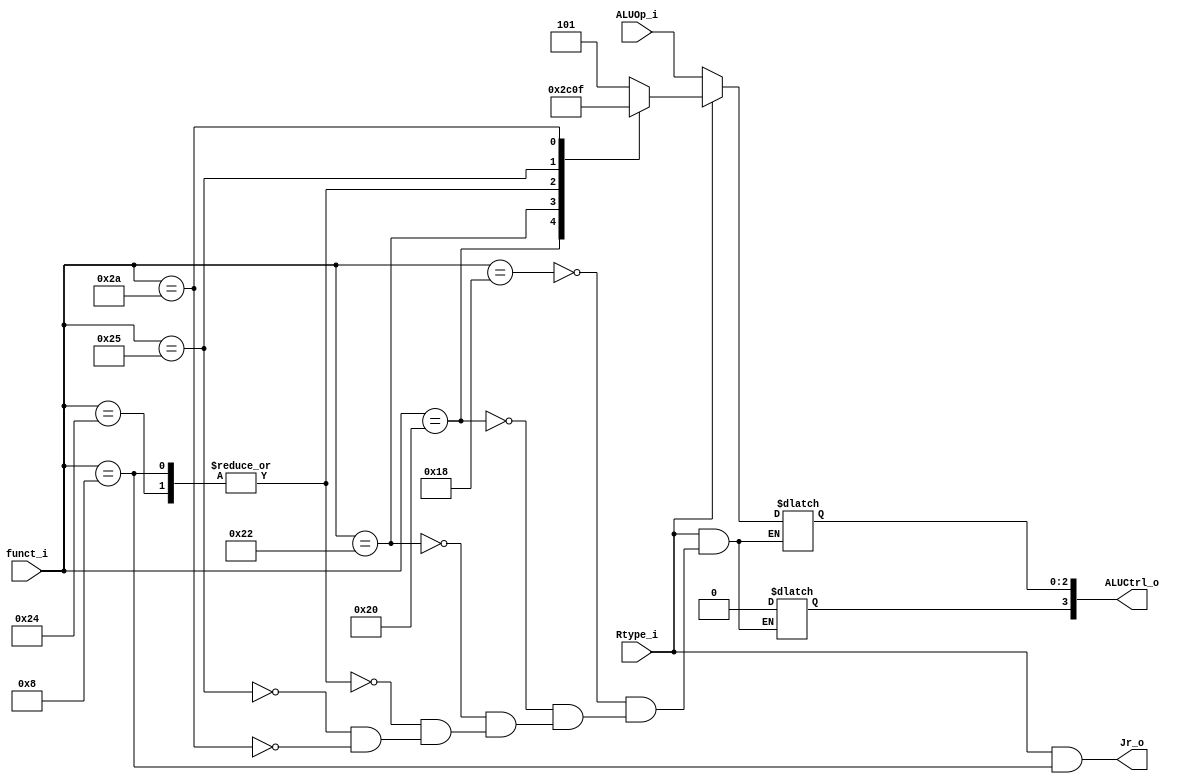
//0810740
//Subject:     CO project 2 - ALU Controller
//--------------------------------------------------------------------------------
//Version:     1
//--------------------------------------------------------------------------------
//Writer:      
//----------------------------------------------
//Date:        
//----------------------------------------------
//Description: 
//--------------------------------------------------------------------------------
`timescale 1ns/1ps
module ALU_Ctrl(
          Rtype_i,
          funct_i,
          ALUOp_i,
          ALUCtrl_o,
          Jr_o
          );
          
//I/O ports 
input      Rtype_i;
input      [6-1:0] funct_i;
input      [3-1:0] ALUOp_i;

output     [4-1:0] ALUCtrl_o;    
output             Jr_o;
//Internal Signals
reg        [4-1:0] ALUCtrl_o;

//Parameter
assign     Jr_o=(Rtype_i==1&&funct_i==8);
 


       
//Select exact operation
always @(funct_i,ALUOp_i) begin
        if(Rtype_i==1)
		  case(funct_i)
		      24: ALUCtrl_o <=4'b0101;//mult
		      32: ALUCtrl_o <= 4'b0010;//add
		      34: ALUCtrl_o <= 4'b0110;//sub
		    36,8: ALUCtrl_o <= 4'b0000;//and / jr
		      37: ALUCtrl_o <= 4'b0001;//or
		      42: ALUCtrl_o <= 4'b0111;//slt
		  endcase
		else
		begin
			ALUCtrl_o[3]   <= 0;
			ALUCtrl_o[2:0] <= ALUOp_i[2:0];//for lw/sw/slti/beq/addi
		end
end
endmodule